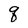
Character: q